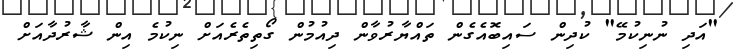
"އަދި ނުނިކުމޭ" ކުދިން ސައިބޮއެގެން ތައްޔާރުވާން ދިއުމުން ގޯތިތެރެއަށް ނިކުމެ އިން ޝާރުދާއަށް